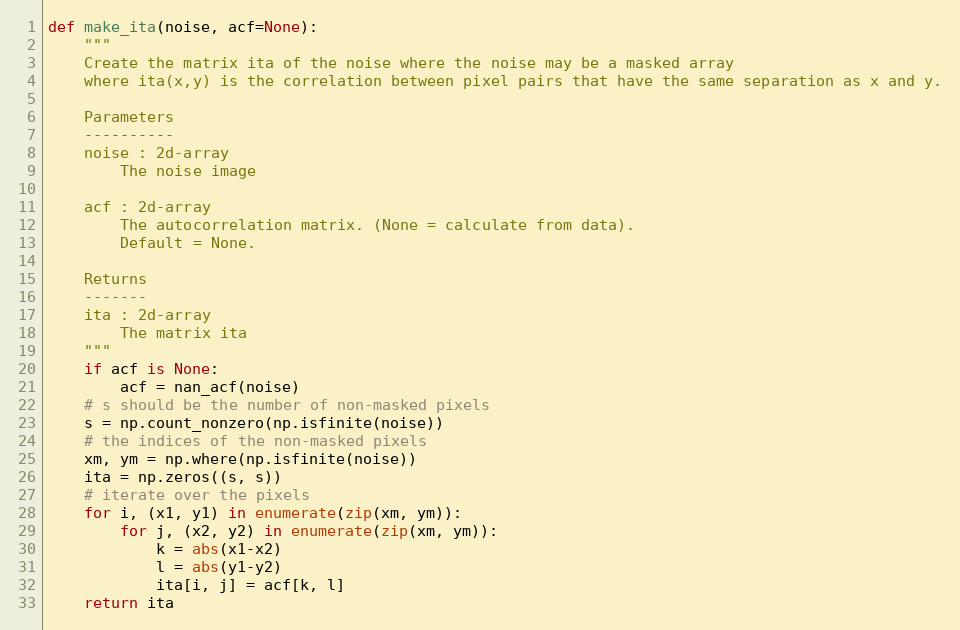
Language: Python
def make_ita(noise, acf=None):
    """
    Create the matrix ita of the noise where the noise may be a masked array
    where ita(x,y) is the correlation between pixel pairs that have the same separation as x and y.

    Parameters
    ----------
    noise : 2d-array
        The noise image

    acf : 2d-array
        The autocorrelation matrix. (None = calculate from data).
        Default = None.

    Returns
    -------
    ita : 2d-array
        The matrix ita
    """
    if acf is None:
        acf = nan_acf(noise)
    # s should be the number of non-masked pixels
    s = np.count_nonzero(np.isfinite(noise))
    # the indices of the non-masked pixels
    xm, ym = np.where(np.isfinite(noise))
    ita = np.zeros((s, s))
    # iterate over the pixels
    for i, (x1, y1) in enumerate(zip(xm, ym)):
        for j, (x2, y2) in enumerate(zip(xm, ym)):
            k = abs(x1-x2)
            l = abs(y1-y2)
            ita[i, j] = acf[k, l]
    return ita